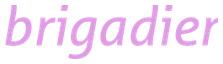
brigadier